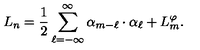
L _ { n } = { \frac { 1 } { 2 } } \sum _ { \ell = - \infty } ^ { \infty } \alpha _ { m - \ell } \cdot \alpha _ { \ell } + L _ { m } ^ { \varphi } .